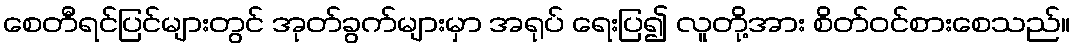
စေတီရင်ပြင်များတွင် အုတ်ခွက်များမှာ အရုပ် ရေးပြ၍ လူတို့အား စိတ်ဝင်စားစေသည်။